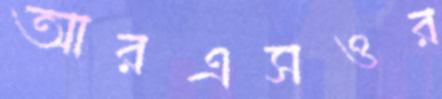
আরএসওর